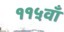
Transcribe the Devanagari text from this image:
११५वाँ